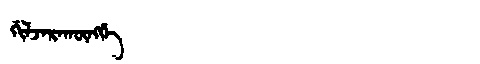
Manchu: ᡤᡳᠯᠵᠠᡵᠠᡴᡡᠩᡤᡝ
Romanization: GILJARAKŪNGGE